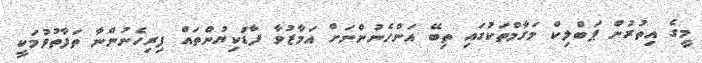
މީގެ އިތުރުން ޕަބްލިކް މަގާމްތަކުގައި ތިބޭ އަންހެނުންނަށް އަމާޒުވާ ފާޑުކިޔުންތައް ފިރިހެނުންނާ ތަފާތުވުމަކީ